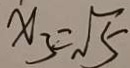
x _ { 3 } = \sqrt { 5 }